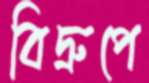
বিদ্রুপে